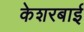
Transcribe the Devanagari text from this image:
केशरबाई